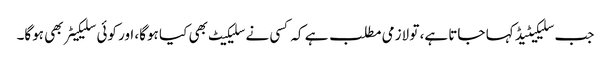
جب سلیکیٹیڈ کہا جاتا ہے، تو لازمی مطلب ہے کہ کسی نے سلیکیٹ بھی کیا ہوگا، اور کوئی سلیکیٹر بھی ہوگا۔